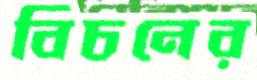
বিচনের